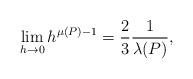
LaTeX: \begin{align*} \begin{aligned} \lim_{h\rightarrow 0}h^{\mu(P)-1}=\frac{2}{3}\frac{1}{\lambda(P)}, \end{aligned} \end{align*}